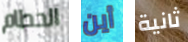
الحطام أين ثانية